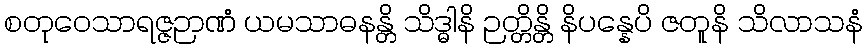
စတုဝေသာရဇ္ဇဉာဏံ ယမသာဓနန္တိ သိဒ္ဓါနိ ဉတ္တိန္တိ နိပန္နေပိ ဇတူနိ သိလာသနံ